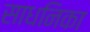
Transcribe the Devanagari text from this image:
साधनिका